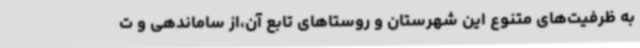
به ظرفیت‌های متنوع این شهرستان و روستاهای تابع آن،از ساماندهی و ت